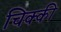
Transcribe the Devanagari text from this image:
चिक्‍की